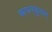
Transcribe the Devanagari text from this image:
कायमकुळम